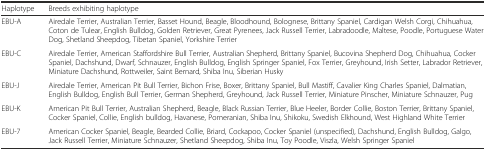
| Haplotype | Breeds exhibiting haplotype |
 | --- | --- |
 | EBU-A | Airedale Terrier, Australian Terrier, Basset Hound, Beagle, Bloodhound, Bolognese, Brittany Spaniel, Cardigan Welsh Corgi, Chihuahua, Coton de Tulear, English Bulldog, Golden Retriever, Great Pyrenees, Jack Russell Terrier, Labradoodle, Maltese, Poodle, Portuguese Water Dog, Shetland Sheepdog, Tibetan Spaniel, Yorkshire Terrier |
 | EBU-C | Airedale Terrier, American Staffordshire Bull Terrier, Australian Shepherd, Brittany Spaniel, Bucovina Shepherd Dog, Chihuahua, Cocker Spaniel, Dachshund, Dwarf, Schnauzer, English Bulldog, English Springer Spaniel, Fox Terrier, Greyhound, Irish Setter, Labrador Retriever, Miniature Dachshund, Rottweiler, Saint Bernard, Shiba Inu, Siberian Husky |
 | EBU-J | Airedale Terrier, American Pit Bull Terrier, Bichon Frise, Boxer, Brittany Spaniel, Bull Mastiff, Cavalier King Charles Spaniel, Dalmatian, English Bulldog, English Bull Terrier, German Shepherd, Greyhound, Jack Russell Terrier, Miniature Pinscher, Miniature Schnauzer, Pug |
 | EBU-K | American Pit Bull Terrier, Australian Shepherd, Beagle, Black Russian Terrier, Blue Heeler, Border Collie, Boston Terrier, Brittany Spaniel, Cocker Spaniel, Collie, English bulldog, Havanese, Pomeranian, Shiba Inu, Shikoku, Swedish Elkhound, West Highland White Terrier |
 | EBU-7 | American Cocker Spaniel, Beagle, Bearded Collie, Briard, Cockapoo, Cocker Spaniel (unspecified), Dachshund, English Bulldog, Galgo, Jack Russell Terrier, Miniature Schnauzer, Shetland Sheepdog, Shiba Inu, Toy Poodle, Viszla, Welsh Springer Spaniel |